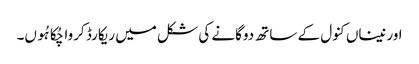
اور نیناں کنول کے ساتھ دوگانے کی شکل میں ریکارڈ کروا چُکا ہُوں۔